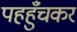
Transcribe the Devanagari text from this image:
पहहुँचकर